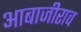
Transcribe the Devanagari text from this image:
आबाजीराव